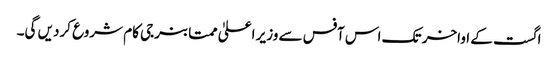
اگست کے اواخر تک اس آفس سے وزیر اعلیٰ ممتا بنرجی کام شروع کردیں گی۔